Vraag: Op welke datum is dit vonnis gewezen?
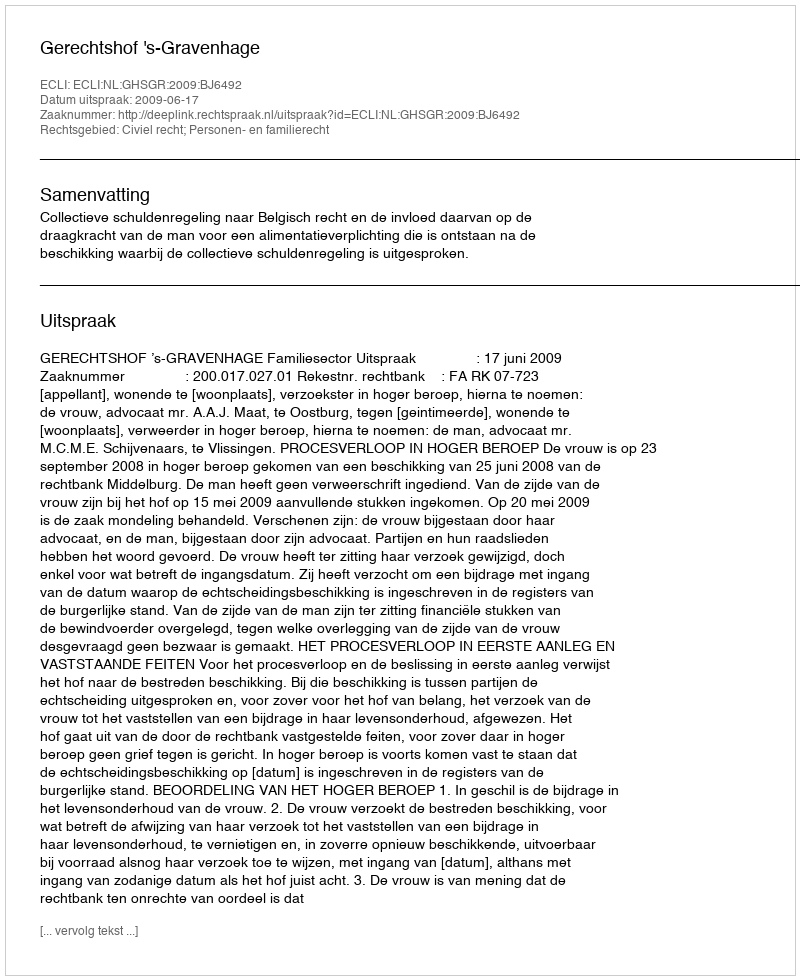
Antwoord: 2009-06-17